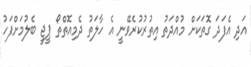
އަދި އެފަދަ ގޮތަކަށް މުއްދަތު އިތުރުކުރެވޭނީ އެ ހާލަތު ދެމިއޮތްތޯ ޕީޖީ ބެލުމަށްފަހު